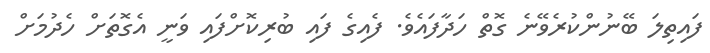
ފައިތިލަ ބޭނުންކުރެވޭނެ ގޮތް ހަދާފައެވެ. ފެއިގެ ފައި ބުރިކޮށްފައި ވަނީ އެގޮތަށް ހެދުމަށް